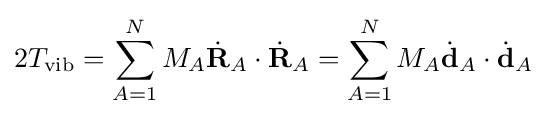
2T_{\mathrm {vib} }=\sum _{A=1}^{N}M_{A}{\dot {\mathbf {R} }}_{A}\cdot {\dot {\mathbf {R} }}_{A}=\sum _{A=1}^{N}M_{A}{\dot {\mathbf {d} }}_{A}\cdot {\dot {\mathbf {d} }}_{A}